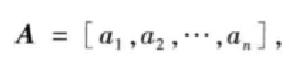
\(\boldsymbol{A} = [a_{1},a_{2},\cdots,a_{n}],\)